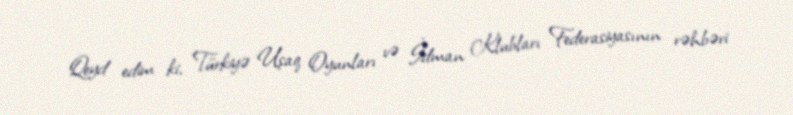
Qeyd edim ki, Türkiyə Uşaq Oyunları və İdman Klubları Federasiyasının rəhbəri